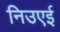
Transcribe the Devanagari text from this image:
निउएई